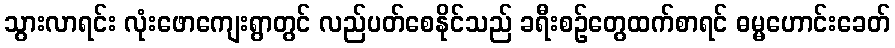
သွားလာရင်း လုံးဖောကျေးရွာတွင် လည်ပတ်စေနိုင်သည် ခရီးစဉ်တွေထက်စာရင် ဓမ္မဟောင်းခေတ်